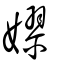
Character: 嫪